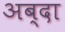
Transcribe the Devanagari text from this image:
अब्दा